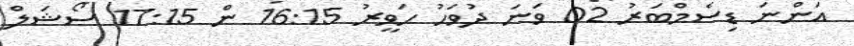
އަންނަ ޑިސެމްބަރު 02 ވަނަ ދުވަހު ހަވީރު 16:15 ން 17:15 ސޯޝަލް